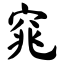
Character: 窕